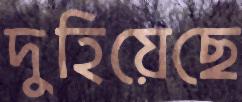
দুহিয়েছে